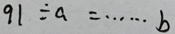
9 1 \div a = \cdots b